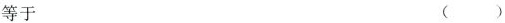
等于 ( )